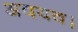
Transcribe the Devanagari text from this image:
अवयव।